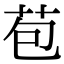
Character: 苞